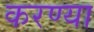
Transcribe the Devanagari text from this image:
करण्या